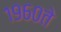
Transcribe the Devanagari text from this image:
१९६०ते